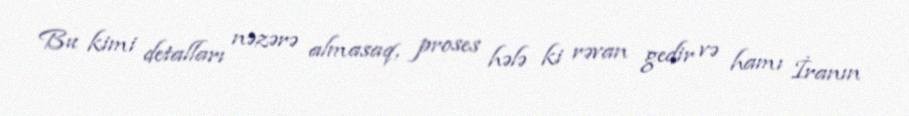
Bu kimi detalları nəzərə almasaq, proses hələ ki rəvan gedir və hamı İranın